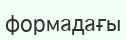
формадағы